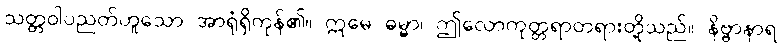
သတ္တဝါပညတ်ဟူသော အာရုံရှိကုန်၏။ ဣမေ ဓမ္မာ၊ ဤလောကုတ္တရာတရားတို့သည်။ နိဗ္ဗာနာရ